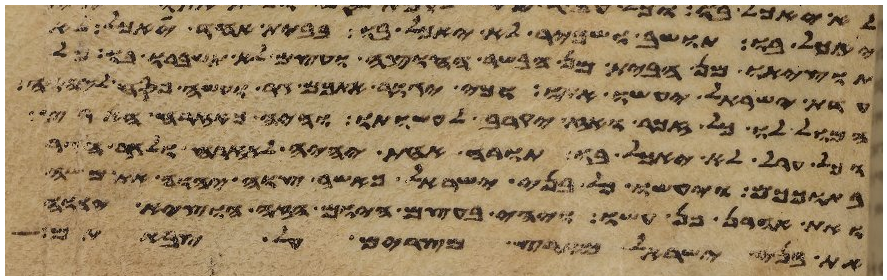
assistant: יאכל בו תושב ושכיר לא יאכל בו בבית אחד יאכל לא
תוציאו מן הבית מן הבשר החוצה ועצם לא תשברו בו כל
עדת ישראל יעשו אתו וכי יגור אתכם גר ועשה פסח ליהוה
המול לו כל זכר ואז יקרב לעשותו והיה כאזרח הארץ
וכל ערל לא יאכל בו תורה אחת יהיה לאזרח ולגר הגר
בתוככם ויעשו כל בני ישראל כאשר צוה יהוה את משה
ואת אהרן כן עשו ויהי בעצם היום הזה הוציא יהוה
את בני ישראל מארץ מצרים על צבאתם